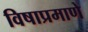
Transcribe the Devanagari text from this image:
विषाप्रमाणे